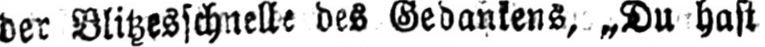
der Blitzesschnelle des Gedankens, „Du hast